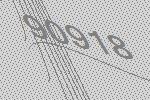
90918